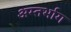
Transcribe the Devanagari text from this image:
अम्तर्भाग